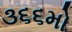
૩૬૬મો